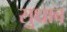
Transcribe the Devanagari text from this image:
सुधाव